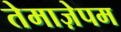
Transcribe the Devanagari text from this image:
तेमाज़ेपम